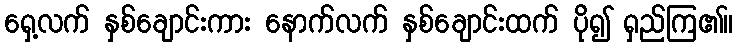
ရှေ့လက် နှစ်ချောင်းကား နောက်လက် နှစ်ချောင်းထက် ပို၍ ရှည်ကြ၏။